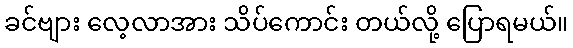
ခင်ဗျား လေ့လာအား သိပ်ကောင်း တယ်လို့ ပြောရမယ်။